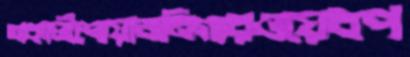
অকালীশোয়াজনিগারওয়েবপ